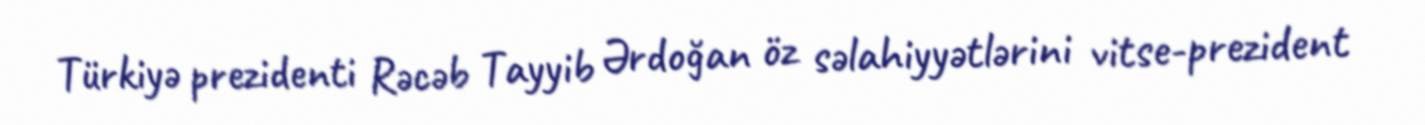
Türkiyə prezidenti Rəcəb Tayyib Ərdoğan öz səlahiyyətlərini vitse-prezident